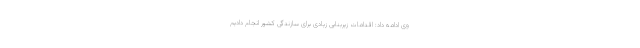
وی ادامه داد: اقدامات زیربنایی زیادی برای سازندگی کشور انجام دادیم